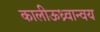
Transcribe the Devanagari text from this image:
कालीऊध्र्वान्वय